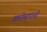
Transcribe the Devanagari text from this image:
आरोबाएनी